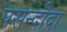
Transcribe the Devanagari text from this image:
पसन्‍दीदा